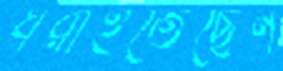
ধরাইতেছেন